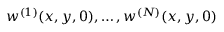
w ^ { ( 1 ) } ( x , y , 0 ) , \dots , w ^ { ( N ) } ( x , y , 0 )